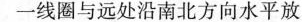
一线圈与远处沿南北方向水平放